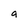
Character: a